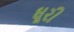
ઘૂરી